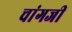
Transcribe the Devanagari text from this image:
चांगजी